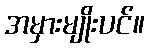
အမှားမျိုးပင်။